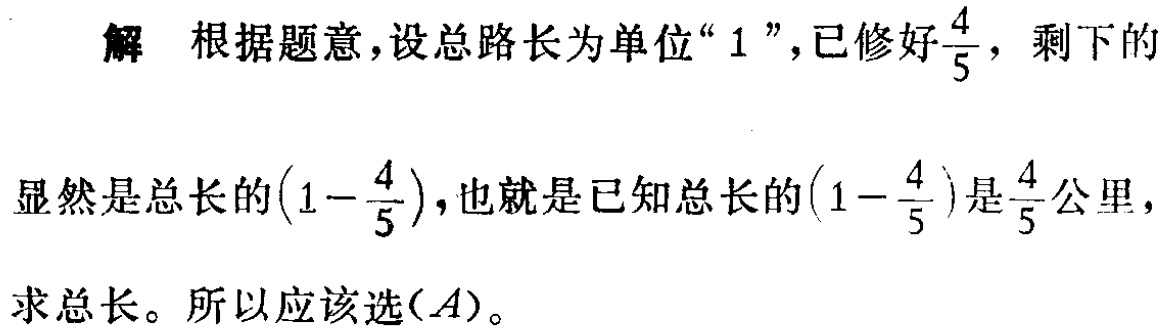
解 根据题意，设总路长为单位“\(1\)”，已修好\(\frac{4}{5}\)，剩下的显然是总长的\((1 - \frac{4}{5})\)，也就是已知总长的\((1 - \frac{4}{5})\)是\(\frac{4}{5}\)公里，求总长。所以应该选\((A)\)。